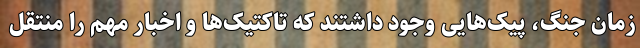
زمان جنگ، پیک‌هایی وجود داشتند که تاکتیک‌ها و اخبار مهم را منتقل